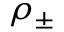
\rho _ { \pm }